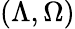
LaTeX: (\Lambda,\Omega)